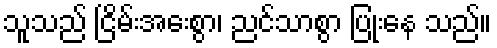
သူသည် ငြိမ်းအေးစွာ၊ ညင်သာစွာ ပြုံးနေ သည်။